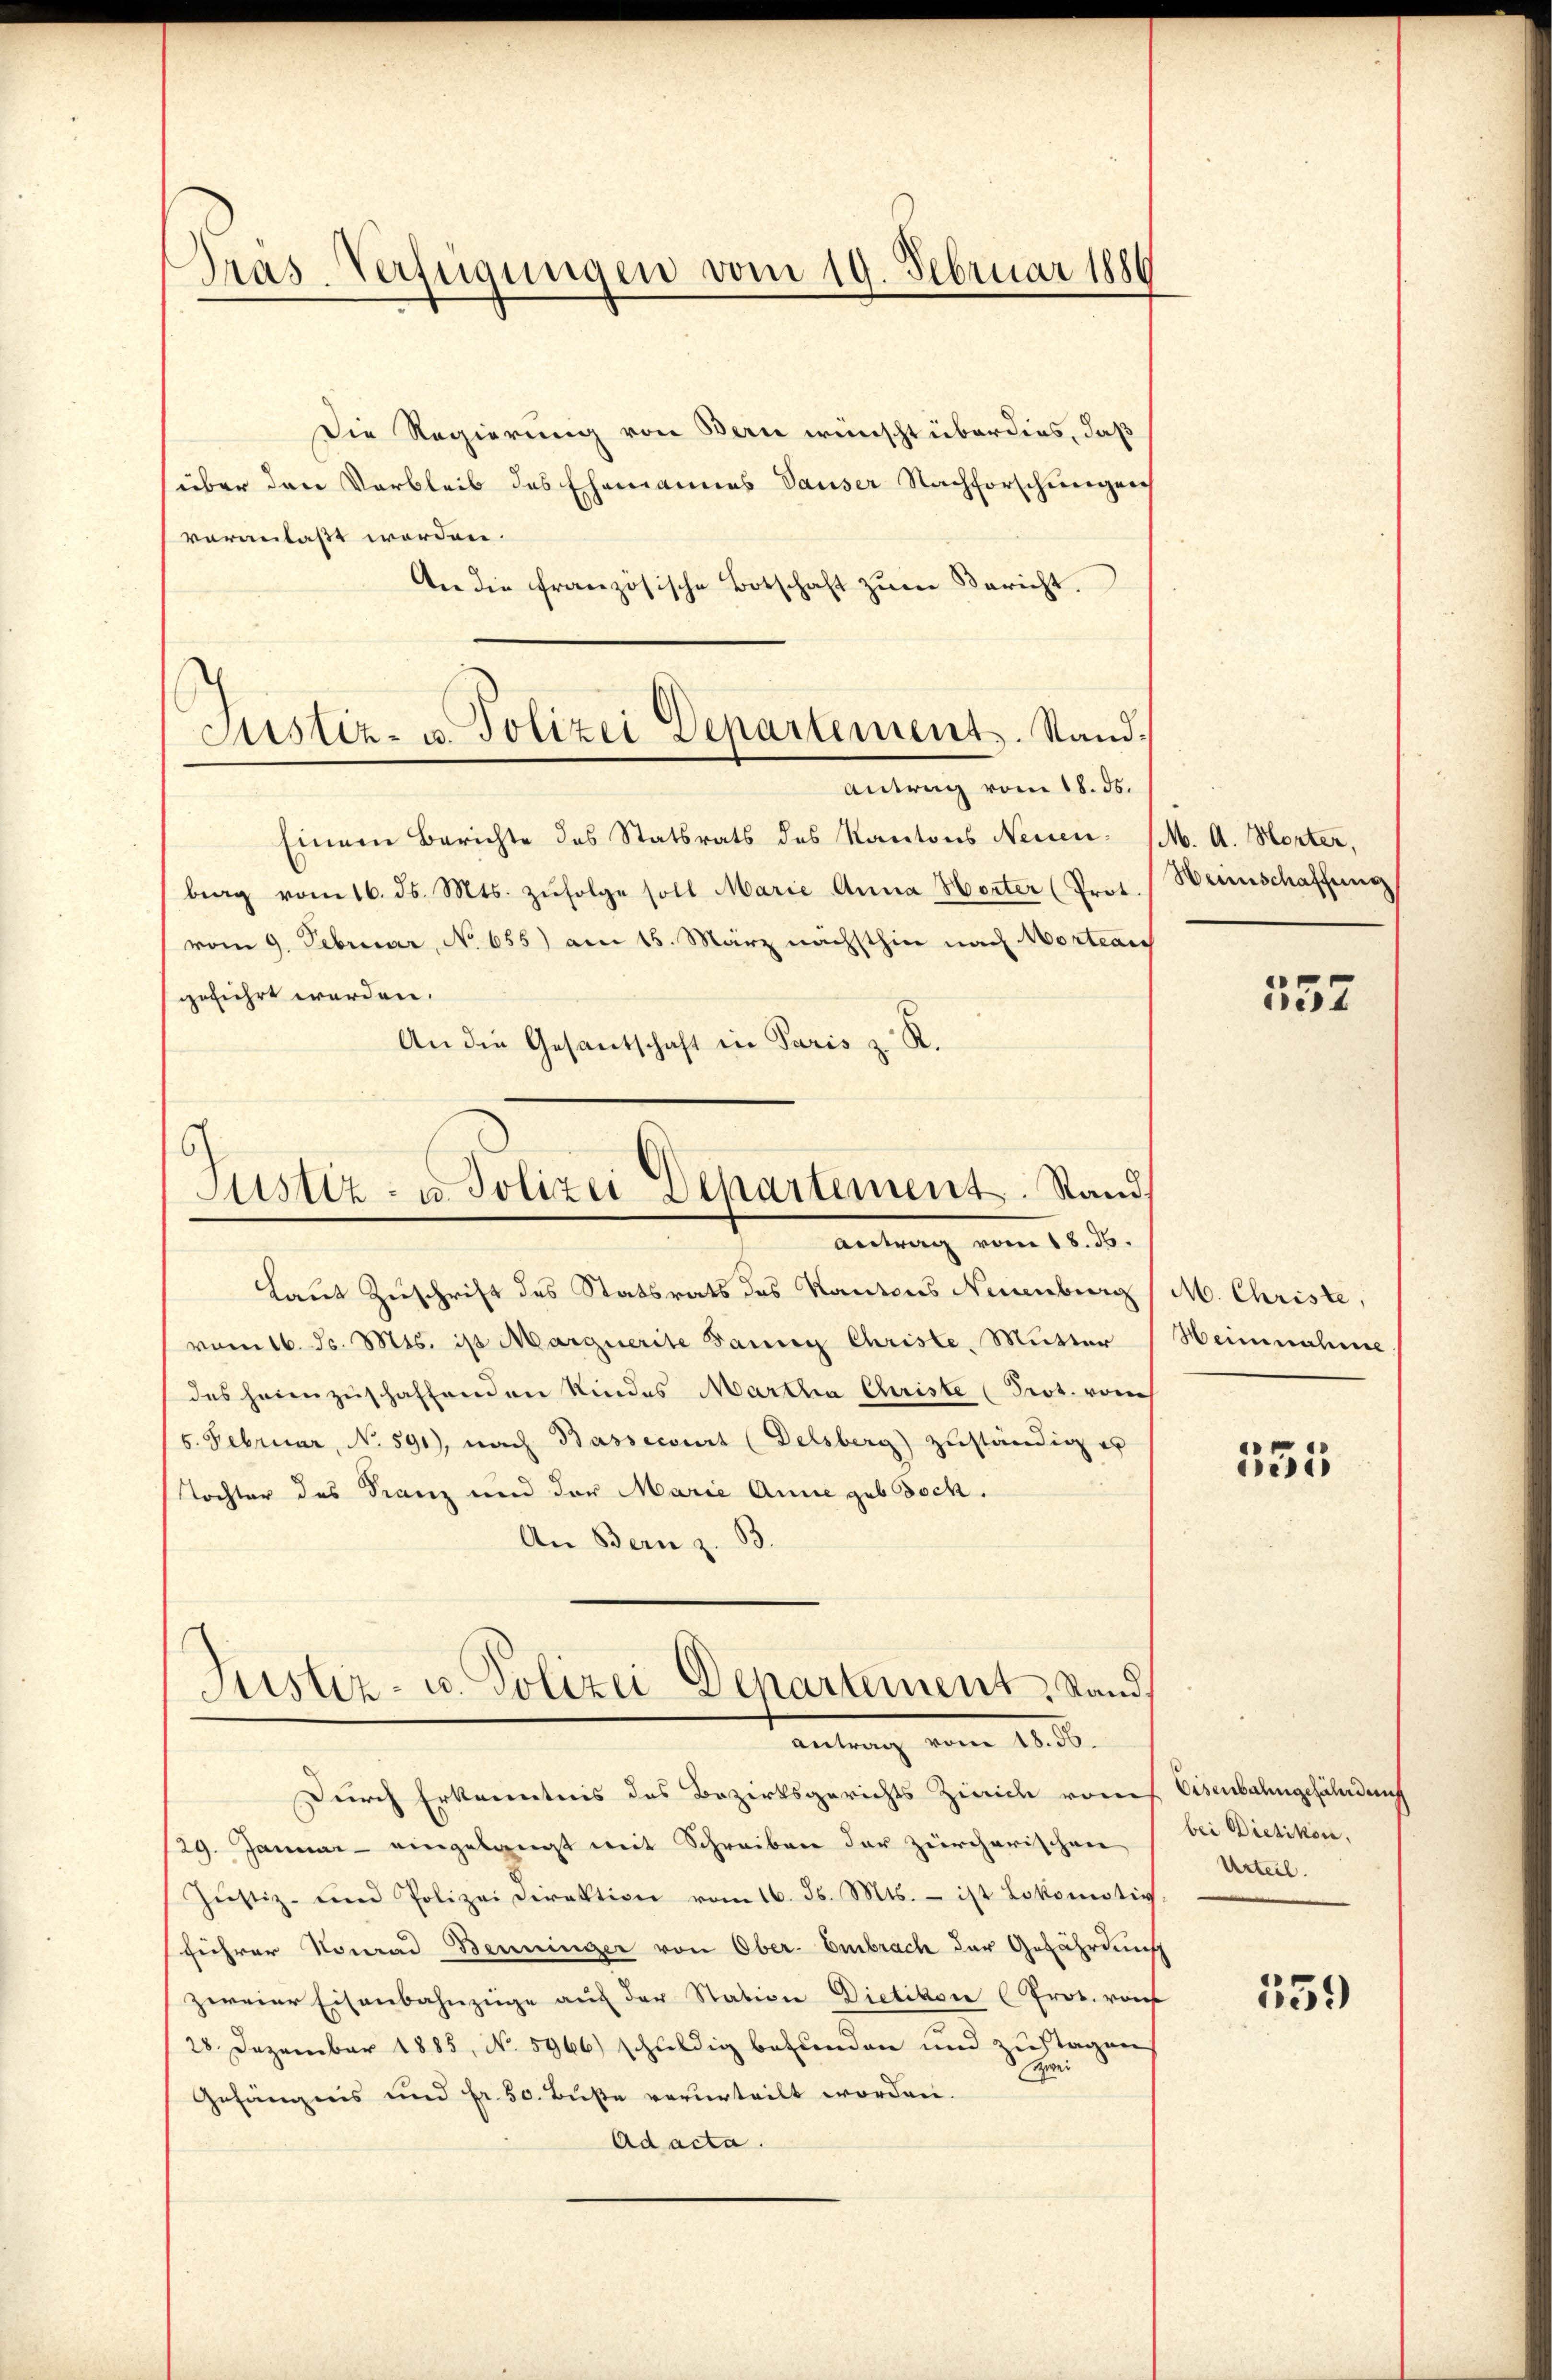
Pras-Verfügungen vom 19. Februar 1880

Justiz- u. Polizei Departements. Stand.
Antrag vom 18. ds.

Die Regierung von Bern wünscht überdies, daß
über den Verbleib des Ehemannes Sauser Nachforschungen
veranlaßt werden.
An die französische Botschaft zŭm Bericht.
Einem Berichte des Statsrats des Kantons Neuen- (M. A. Horter,
brag vom 16. ds. Mts. zŭfolge soll Marie Anna Herter (Prof. Weinschaffung
vom 9. Februar, No. 655) am 15. März nächsthin nach Mortan
geführt werden.
An die Gesandschaft in Paris z. R.
Laut Zuschrift des Statsrats des Kantons Neuenburg (M. Christe,
vom 16. d. Mts. ist Marguerite Banng Christe, Mutter
(des heimzuschaffenden Kindes Martha Christe Prot. vom
5. Februar, No 591), nach Bassecourt (Delsberg) zuständig er
Tochter des Franz und der Marie Anne geb doch.
An Bern z. B.
Justiz- u. Polizei Departement Stand,
Antrag vom 18. 56.
Durch Erkenntnis des Bezirksgerichts Zürich von Eisenbahngefährdung
/29. Januar - eingelangt mit Schreiben der zürcherischen
Jŭstiz- und Polizei Direktion vom 16. d. Mts. - ist Lokomotiv
führer Konrad Benninger von Ober-Embrach der Gefährdung
zweier Eisenbahnzüge auf der Station Dietikon (Prov. von
28. Dezember 1885, No. 5966) schuldig befunden und zutagen
Gefängnis und Fr. 50. Buße verurteilt worden.
Ad acta.

Sistiz- u. Polizei Departement. Stand,
Antrag vom 18. 56.

557

Heinnahme

331

bei Dietikon.
Urteil.

359